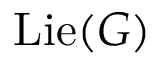
\operatorname { L i e } ( G )